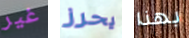
غير يحرز بهذا